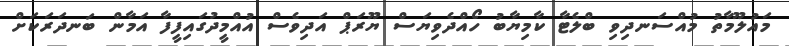
މައުލޫމާތު މުއްސަނދިވި ބްލެޓާ ކާމިޔާބު ހޯއްދެވިޔަސް ޔޫރަޕް އަދިވެސް އުއްމީދުގައިފީފާ އަމާން ބަނދަރަކަށް